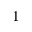
1